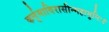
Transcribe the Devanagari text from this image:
कर्त्तुमाविरासीन्महामुनिः॥